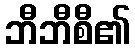
ဘီဘီစီ၏